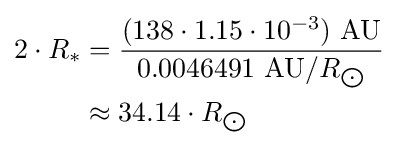
{\begin{aligned}2\cdot R_{*}&={\frac {(138\cdot 1.15\cdot 10^{-3})\ {\text{AU}}}{0.0046491\ {\text{AU}}/R_{\bigodot }}}\\&\approx 34.14\cdot R_{\bigodot }\end{aligned}}